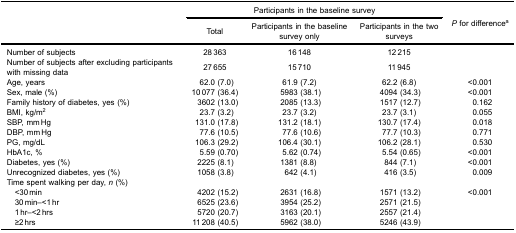
<table><thead><tr><td rowspan="3"><b> </b></td><td colspan="3"><b>Participants in the baseline survey</b></td><td rowspan="3"><b><i>P</i> for difference<sup>a</sup></b></td></tr><tr><td><b>Total</b></td><td><b>Participants in the baseline survey only</b></td><td><b>Participants in the two surveys</b></td></tr></thead><tbody><tr><td>Number of subjects</td><td>28 363</td><td>16 148</td><td>12 215</td><td> </td></tr><tr><td>Number of subjects after excluding participantswith missing data</td><td>27 655</td><td>15 710</td><td>11 945</td><td> </td></tr><tr><td>Age, years</td><td>62.0 (7.0)</td><td>61.9 (7.2)</td><td>62.2 (6.8)</td><td>&lt;0.001</td></tr><tr><td>Sex, male (%)</td><td>10 077 (36.4)</td><td>5983 (38.1)</td><td>4094 (34.3)</td><td>&lt;0.001</td></tr><tr><td>Family history of diabetes, yes (%)</td><td>3602 (13.0)</td><td>2085 (13.3)</td><td>1517 (12.7)</td><td>0.162</td></tr><tr><td>BMI, kg/m<sup>2</sup></td><td>23.7 (3.2)</td><td>23.7 (3.2)</td><td>23.7 (3.1)</td><td>0.055</td></tr><tr><td>SBP, mm Hg</td><td>131.0 (17.8)</td><td>131.2 (18.1)</td><td>130.7 (17.4)</td><td>0.018</td></tr><tr><td>DBP, mm Hg</td><td>77.6 (10.5)</td><td>77.6 (10.6)</td><td>77.7 (10.3)</td><td>0.771</td></tr><tr><td>PG, mg/dL</td><td>106.3 (29.2)</td><td>106.4 (30.1)</td><td>106.2 (28.1)</td><td>0.530</td></tr><tr><td>HbA1c, %</td><td>5.59 (0.70)</td><td>5.62 (0.74)</td><td>5.54 (0.65)</td><td>&lt;0.001</td></tr><tr><td>Diabetes, yes (%)</td><td>2225 (8.1)</td><td>1381 (8.8)</td><td>844 (7.1)</td><td>&lt;0.001</td></tr><tr><td>Unrecognized diabetes, yes (%)</td><td>1058 (3.8)</td><td>642 (4.1)</td><td>416 (3.5)</td><td>0.009</td></tr><tr><td colspan="5">Time spent walking per day, <i>n</i> (%)</td></tr><tr><td> &lt;30 min</td><td>4202 (15.2)</td><td>2631 (16.8)</td><td>1571 (13.2)</td><td>&lt;0.001</td></tr><tr><td> 30 min–&lt;1 hr</td><td>6525 (23.6)</td><td>3954 (25.2)</td><td>2571 (21.5)</td><td> </td></tr><tr><td> 1 hr–&lt;2 hrs</td><td>5720 (20.7)</td><td>3163 (20.1)</td><td>2557 (21.4)</td><td> </td></tr><tr><td> ≥2 hrs</td><td>11 208 (40.5)</td><td>5962 (38.0)</td><td>5246 (43.9)</td><td> </td></tr></tbody></table>